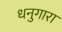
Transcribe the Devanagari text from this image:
धनुगारा